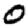
Digit: 0